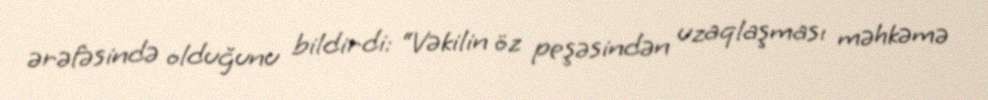
ərəfəsində olduğunu bildirdi: “Vəkilin öz peşəsindən uzaqlaşması məhkəmə